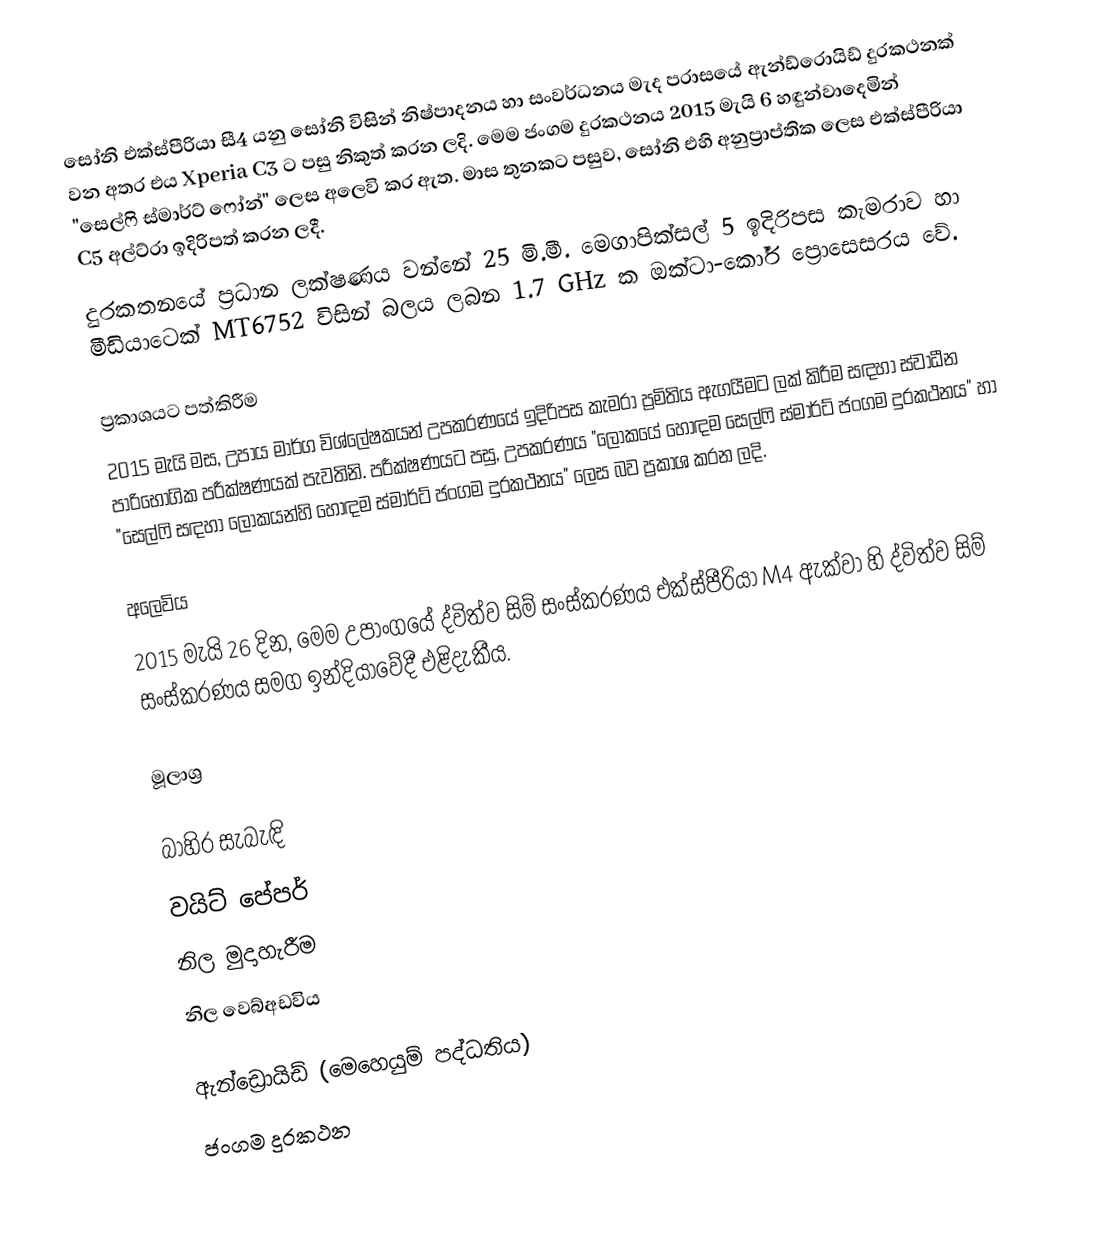
සෝනි එක්ස්පීරියා සී4 යනු සෝනි විසින් නිෂ්පාදනය හා සංවර්ධනය මැද පරාසයේ ඇන්ඩ්රොයිඩ් දුරකථනක් වන අතර එය Xperia C3 ට පසු නිකුත් කරන ලදි. මෙම ජංගම දුරකථනය 2015 මැයි 6 හඳුන්වාදෙමින් "සෙල්ෆි ස්මාර්ට් ෆෝන්" ලෙස අලෙවි කර ඇත. මාස තුනකට පසුව, සෝනි එහි අනුප්‍රාප්තික ලෙස එක්ස්පීරියා C5 අල්ට්රා ඉදිරිපත් කරන ලදී.
දුරකතනයේ ප්‍රධාන ලක්ෂණය වන්නේ 25 මි.මී. මෙගාපික්සල් 5 ඉදිරිපස කැමරාව හා මීඩියාටෙක් MT6752 විසින් බලය ලබන 1.7 GHz ක ඔක්ටා-කෝර් ප්‍රොසෙසරය වේ.

ප්‍රකාශයට පත්කිරීම
2015 මැයි මස, උපාය මාර්ග විශ්ලේෂකයන් උපකරණයේ ඉදිරිපස කැමරා ප්‍රමිතිය ඇගයීමට ලක් කිරීම සඳහා ස්වාධීන පාරිභෝගික පරීක්ෂණයක් පැවතිනි. පරීක්ෂණයට පසු, උපකරණය "ලෝකයේ හොඳම සෙල්ෆි ස්මාර්ට් ජංගම දුරකථනය" හා "සෙල්ෆි සඳහා ලෝකයන්හි හොඳම ස්මාර්ට් ජංගම දුරකථනය" ලෙස බව ප්‍රකාශ කරන ලදි.

අලෙවිය
2015 මැයි 26 දින, මෙම උපාංගයේ ද්විත්ව සිම් සංස්කරණය එක්ස්පීරියා M4 ඇක්වා හි ද්විත්ව සිම් සංස්කරණය සමග ඉන්දියාවේදී එළිදැකීය.

මූලාශ්‍ර

බාහිර සැබැඳි
 වයිට් පේපර්
 නිල මුදාහැරීම
 නිල වෙබ්අඩවිය

ඇන්ඩ්‍රොයිඩ් (මෙහෙයුම් පද්ධතිය)
ජංගම දුරකථන